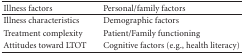
<table><thead><tr><td><b>Illness factors</b></td><td><b>Personal/family factors</b></td></tr></thead><tbody><tr><td>Illness characteristics</td><td>Demographic factors</td></tr><tr><td>Treatment complexity</td><td>Patient/Family functioning</td></tr><tr><td>Attitudes toward LTOT</td><td>Cognitive factors (e.g., health literacy)</td></tr></tbody></table>